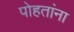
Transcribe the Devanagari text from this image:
पोहतांना